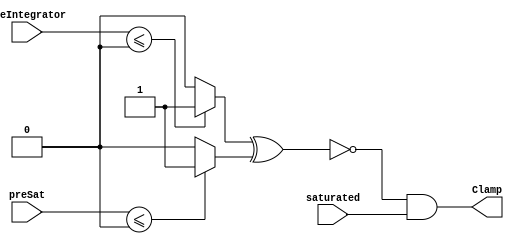
module velocityControlHdl_Clamp
          (
           preIntegrator,
           preSat,
           saturated,
           Clamp
          );


  input   signed [35:0] preIntegrator;  // sfix36_En29
  input   signed [35:0] preSat;  // sfix36_En23
  input   saturated;
  output  Clamp;


  wire Compare_To_Zero_out1;
  wire Compare_To_Zero1_out1;
  wire Compare_To_Zero_out1_1;
  wire Logical_Operator_out1;


  // <S9>/Compare To Zero
  assign Compare_To_Zero_out1 = (preIntegrator <= 36'sh000000000 ? 1'b1 :
              1'b0);



  // <S9>/Compare To Zero1
  assign Compare_To_Zero1_out1 = (preSat <= 36'sh000000000 ? 1'b1 :
              1'b0);



  // <S9>/Logical Operator
  assign Compare_To_Zero_out1_1 =  ~ (Compare_To_Zero_out1 ^ Compare_To_Zero1_out1);



  // <S9>/AND
  assign Logical_Operator_out1 = Compare_To_Zero_out1_1 & saturated;



  assign Clamp = Logical_Operator_out1;

endmodule